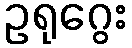
ဥရုဂွေး